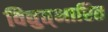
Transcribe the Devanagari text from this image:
विद्युत्‌भारित